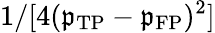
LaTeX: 1/[4(\mathfrak{p}_{\mathrm{{TP}}}-\mathfrak{p}_{\mathrm{{FP}}})^{2}]